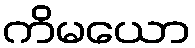
ကိမယော